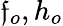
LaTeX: \mathfrak{f}_{o},h_{o}